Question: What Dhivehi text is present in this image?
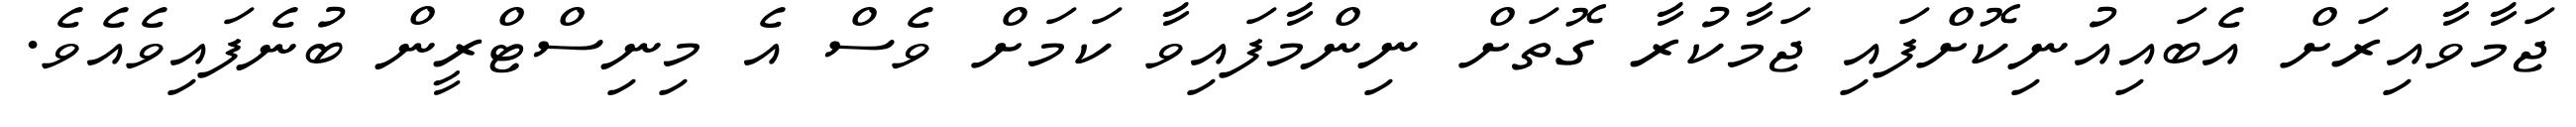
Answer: ޖަމާވާއިރަށް އެބައިއުނިކޮށްފައި ޖަމާކުރާ ގޮތަށް ނިންމާފައިވާ ކަމަށް ވެސް އެ މިނިސްޓްރީން ބުނެފައިވެއެވެ.